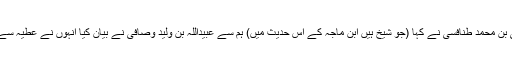
ابوالحسن علی بن محمد طنافسی نے کہا (جو شیخ ہیں ابن ماجہ کے اس حدیث میں) ہم سے عبیداللہ بن ولید وصافی نے بیان کیا انہوں نے عطیہ سے روایت کی۔